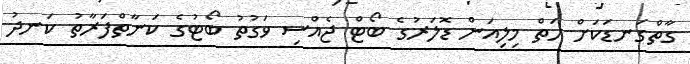
ގާތްގަނޑަކަށް ހަތް މިލިއަން ޑޮލަރުގެ ބޯޓް ޖެއްސި ވަގުތު ބޯޓުގެ ކަނާތްފަރާތު ކަނދު